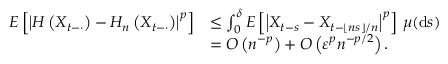
\begin{array} { r l } { E \left[ \left| H \left( X _ { t - \cdot } \right) - H _ { n } \left( X _ { t - \cdot } \right) \right| ^ { p } \right] } & { \leq \int _ { 0 } ^ { \delta } E \left[ \left| X _ { t - s } - X _ { t - \lfloor n s \rfloor / n } \right| ^ { p } \right] \, \mu ( \mathrm { d } s ) } \\ & { = O \left( n ^ { - p } \right) + O \left( \varepsilon ^ { p } n ^ { - p / 2 } \right) . } \end{array}